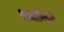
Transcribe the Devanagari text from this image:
अन्तर्विषयी